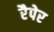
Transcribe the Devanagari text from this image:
रैपेर